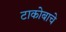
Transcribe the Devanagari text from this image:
टाकोबाचे